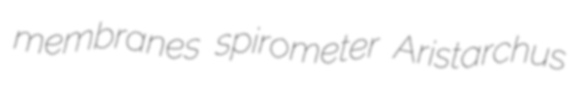
membranes spirometer Aristarchus